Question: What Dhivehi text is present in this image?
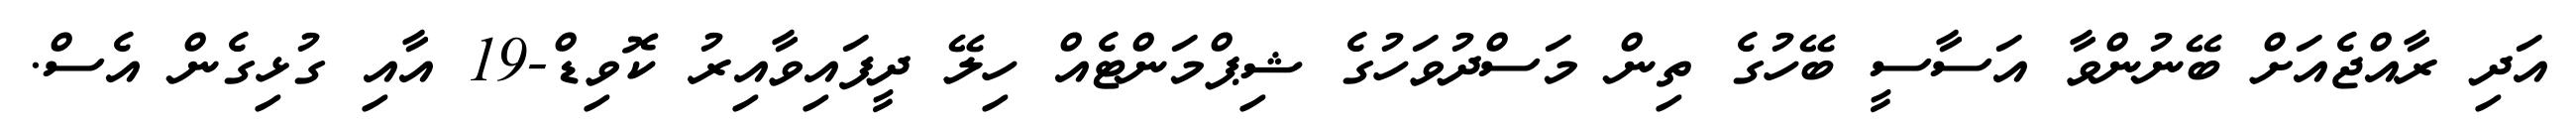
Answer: އަދި ރާއްޖެއަށް ބޭނުންވާ އަސާސީ ބޭހުގެ ތިން މަސްދުވަހުގެ ޝިޕްމަންޓެއް ހިލޭ ދީފައިވާއިރު ކޮވިޑް-19 އާއި ގުޅިގެން އެސް.